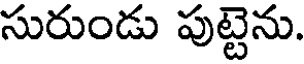
సురుండు పుట్టెను.